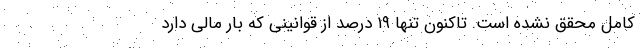
کامل محقق نشده است. تاکنون تنها ۱۹ درصد از قوانینی که بار مالی دارد